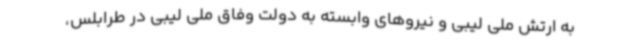
به ارتش ملی لیبی و نیروهای وابسته به دولت وفاق ملی لیبی در طرابلس،